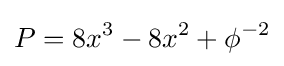
P=8x^{3}-8x^{2}+\phi ^{-2}